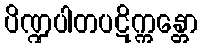
ပိဏ္ဍပါတပဋိက္ကန္တော